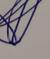
Signature authenticity: genuine